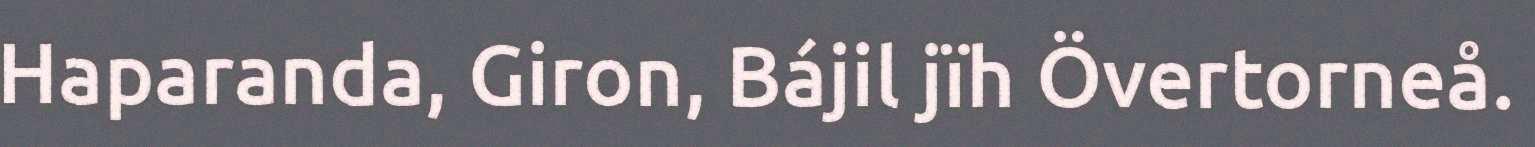
Haparanda, Giron, Bájil jïh Övertorneå.